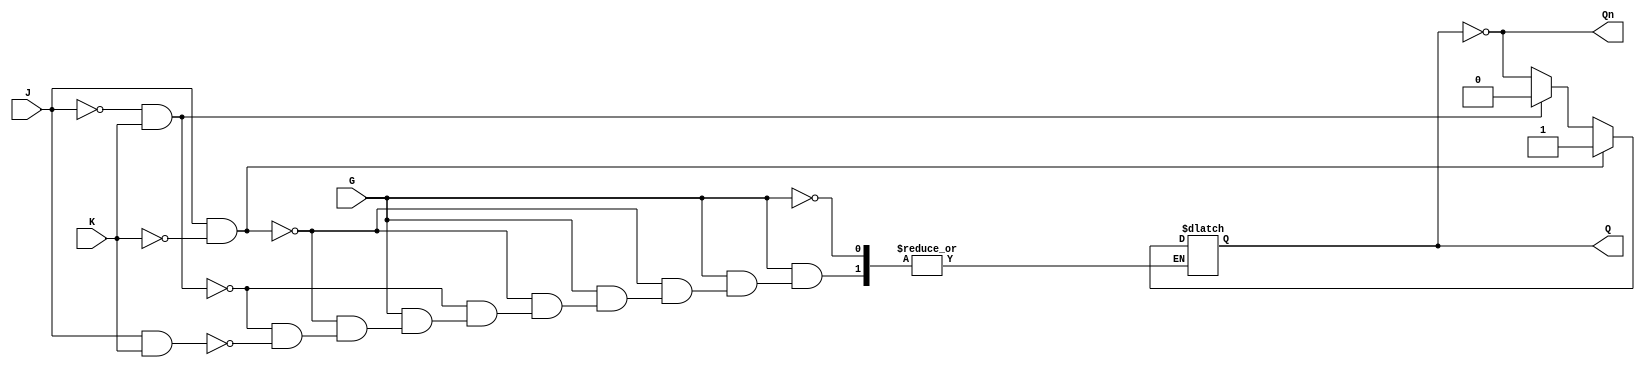
module GatedJKLatch (
    input wire J,      // Set input
    input wire K,      // Reset input
    input wire G,      // Enable input
    output reg Q,      // Output Q
    output wire Qn     // Complementary output Q'
);

    // Complementary output
    assign Qn = ~Q;

    always @(*) begin
        if (G) begin
            if (J && !K) begin
                Q = 1;  // Set
            end else if (!J && K) begin
                Q = 0;  // Reset
            end else if (J && K) begin
                Q = ~Q; // Toggle
            end
            // If J = 0 and K = 0, hold the current state (no change)
        end
        // If G = 0, hold the current state (no change)
    end

endmodule